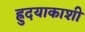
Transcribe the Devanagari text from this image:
ह्रुदयाकाशी